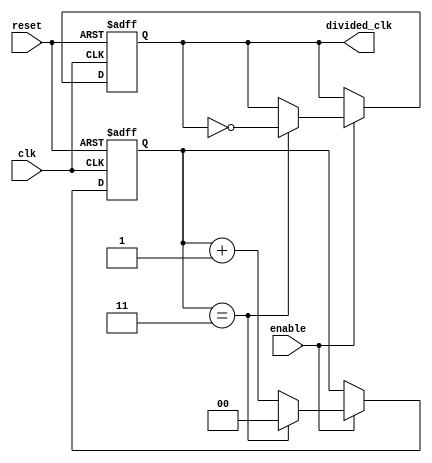
module frequency_divider_counter #(
    parameter DIV_FACTOR = 4 // Division factor (can be changed as needed)
)(
    input wire clk,           // Clock input
    input wire reset,         // Reset signal
    input wire enable,        // Enable signal
    output reg divided_clk    // Divided clock output
);

    reg [$clog2(DIV_FACTOR)-1:0] counter; // Counter to keep track of clock cycles

    // Synchronous reset and counting logic
    always @(posedge clk or posedge reset) begin
        if (reset) begin
            counter <= 0;          // Reset counter to 0
            divided_clk <= 0;      // Initialize divided clock output
        end else if (enable) begin
            if (counter == DIV_FACTOR - 1) begin
                counter <= 0;       // Reset counter
                divided_clk <= ~divided_clk; // Toggle divided clock output
            end else begin
                counter <= counter + 1; // Increment counter
            end
        end
    end

endmodule